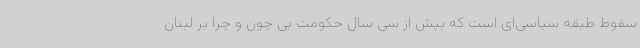
سقوط طبقه سیاسی‌ای است که بیش از سی سال حکومت بی چون و چرا بر لبنان